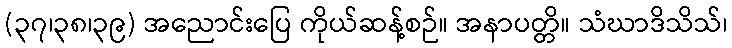
(၃၇၊၃၈၊၃၉) အညောင်းပြေ ကိုယ်ဆန့်စဉ်။ အနာပတ္တိ။ သံဃာဒိသိသ်၊